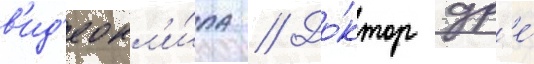
в'ид'еокл'и́па // До́ктор др'е́